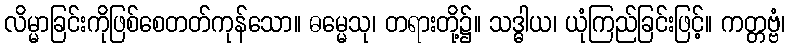
လိမ္မာခြင်းကိုဖြစ်စေတတ်ကုန်သော။ ဓမ္မေသု၊ တရားတို့၌။ သဒ္ဓါယ၊ ယုံကြည်ခြင်းဖြင့်။ ကတ္တဗ္ဗံ၊